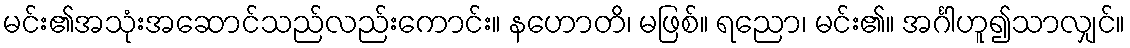
မင်း၏အသုံးအဆောင်သည်လည်းကောင်း။ နဟောတိ၊ မဖြစ်။ ရညော၊ မင်း၏။ အင်္ဂါဟူ၍သာလျှင်။